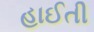
હાઈતી